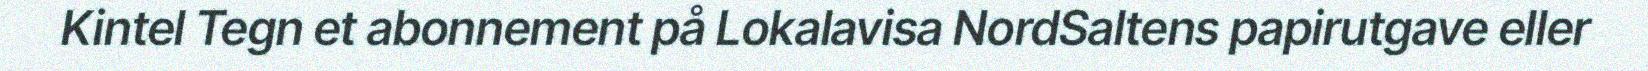
Kintel Tegn et abonnement på Lokalavisa NordSaltens papirutgave eller